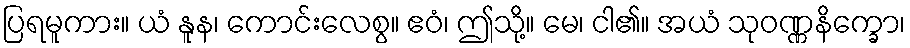
ပြရမူကား။ ယံ နူန၊ ကောင်းလေစွ။ ဧဝံ၊ ဤသို့။ မေ၊ ငါ၏။ အယံ သုဝဏ္ဏနိက္ခော၊